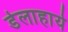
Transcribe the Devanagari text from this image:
डेलाहाये